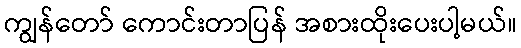
ကျွန်တော် ကောင်းတာပြန် အစားထိုးပေးပါ့မယ်။